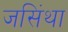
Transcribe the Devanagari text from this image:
जसिंथा